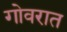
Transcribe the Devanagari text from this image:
गोवरात